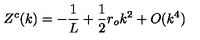
Z ^ { c } ( k ) = - \frac { 1 } { L } + \frac { 1 } { 2 } r _ { o } k ^ { 2 } + O ( k ^ { 4 } )